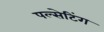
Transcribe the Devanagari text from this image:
पल्सेटिंग